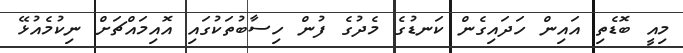
މިއީ ބޮޑެތި އައިން ހަދައިގެން ކަނޑުގެ މެދުގެ ފުން ހިސާބުތަކުގައި އޮއިމައްޗަށް ނިކުމެއުޅޭ